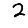
Digit: 2